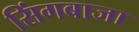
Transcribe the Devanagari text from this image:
सिंगबाजा